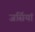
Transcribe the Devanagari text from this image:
जर्सियां